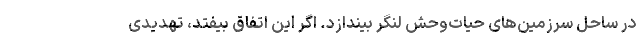
در ساحل سرزمین‌های حیات‌وحش لنگر بیندازد. اگر این اتفاق بیفتد، تهدیدی